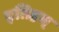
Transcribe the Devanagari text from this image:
इतिहस्